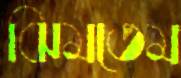
ঝিমতেম